system: You are a helpful assistant.
user:
Analyze the provided spectrum to determine if it is a **"Cataclysmic Variables (CV)"**.

- **Key Indicators for CV (Check for either state):**
    - **State 1: Quiescent / Low-State (Emission-Dominated)**
        - **(Primary):** Strong and *very broad* Hydrogen Balmer emission lines (e.g., $H\alpha$ at 6563 Å, $H\beta$ at 4861 Å). The 'broadness' (high velocity dispersion, often FWHM > 1000 km/s) is the key diagnostic, indicating a high-velocity accretion disk.
        - **(Secondary):** Broad neutral Helium (He I) emission lines (e.g., 5876 Å, 6678 Å).
        - **(Key Confirmation):** Presence of high-excitation *ionized* Helium (He II) emission at 4686 Å. This is a strong indicator of accretion onto a white dwarf.
        - **(Line Profile):** Emission lines may exhibit a 'double-peaked' profile, which is a classic signature of a rotating accretion disk viewed at high inclination.

    - **State 2: Outburst / High-State (Absorption-Dominated)**
        - **(Primary):** Spectrum is dominated by a bright, blue continuum (looks like a hot star).
        - **(Secondary):** The emission lines from State 1 are weak, absent, or 'filled in', and are replaced by broad, shallow *absorption* lines (primarily Balmer and He I).
        - **(Morphology):** The overall spectrum mimics a hot B/A-type star. The crucial difference is that the absorption lines are significantly broader, shallower, and more 'washed-out' (or 'smeared') than the sharp lines of a normal stellar photosphere, due to high rotational speeds and pressure broadening in the disk.

Think first, call **spectral_visualization_tool** if needed to examine features in detail, then provide your final answer. Your response must adhere to the following strict rules:
1.  **Overall Structure:** Your response must follow the format `<think>...</think> <tool_call>...</tool_call> (if a tool is used) <answer>...</answer>`.
2.  **Tool Usage Constraint:** You may only make **one** tool call per turn.
3.  **Final Answer Format:** In the `<answer>` tag, your conclusion must be inside a `\boxed{}` command (e.g., `\boxed{YES}`), followed by your justification.

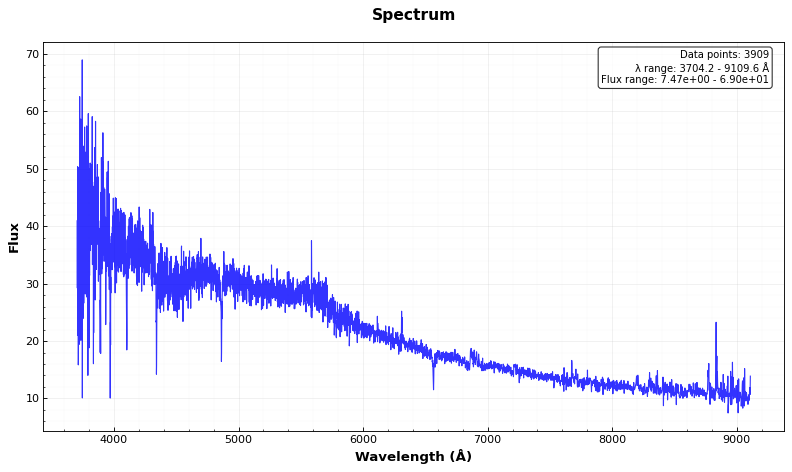
Answer: NO